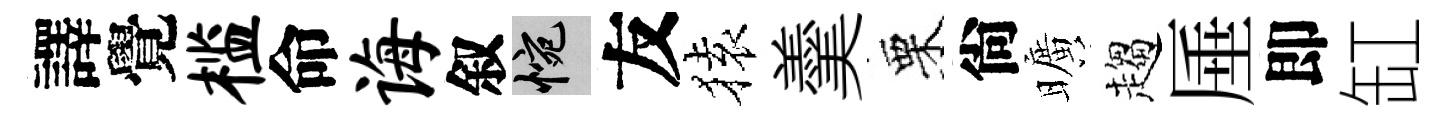
譯覺槛命诲叙惋友𫞤羹栗尙曠趨厜即缸